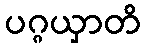
ပဂ္ဂယှာတိ